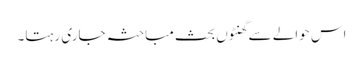
اس حوالے سے گھنٹوں بحث مباحثہ جاری رہتا۔